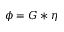
\phi = G * \eta